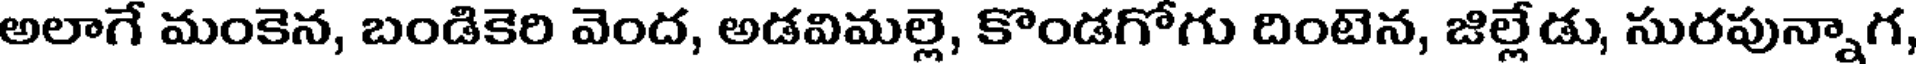
అలాగే మంకెన, బండికెరి వెంద, అడవిమల్లె, కొండగోగు దింటెన, జిల్లేడు, సురపున్నాగ,